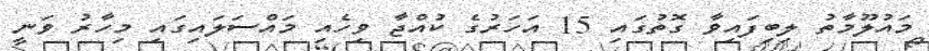
މައުލޫމާތު ލިބިފައިވާ ގޮތުގައި 15 އަހަރުގެ ކުއްޖާ ވިހެއި މައްސަލައިގައި މިހާރު ވަނީ